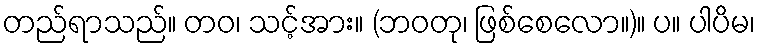
တည်ရာသည်။ တဝ၊ သင့်အား။ (ဘဝတု၊ ဖြစ်စေလော။)။ ပ။ ပါပိမ၊